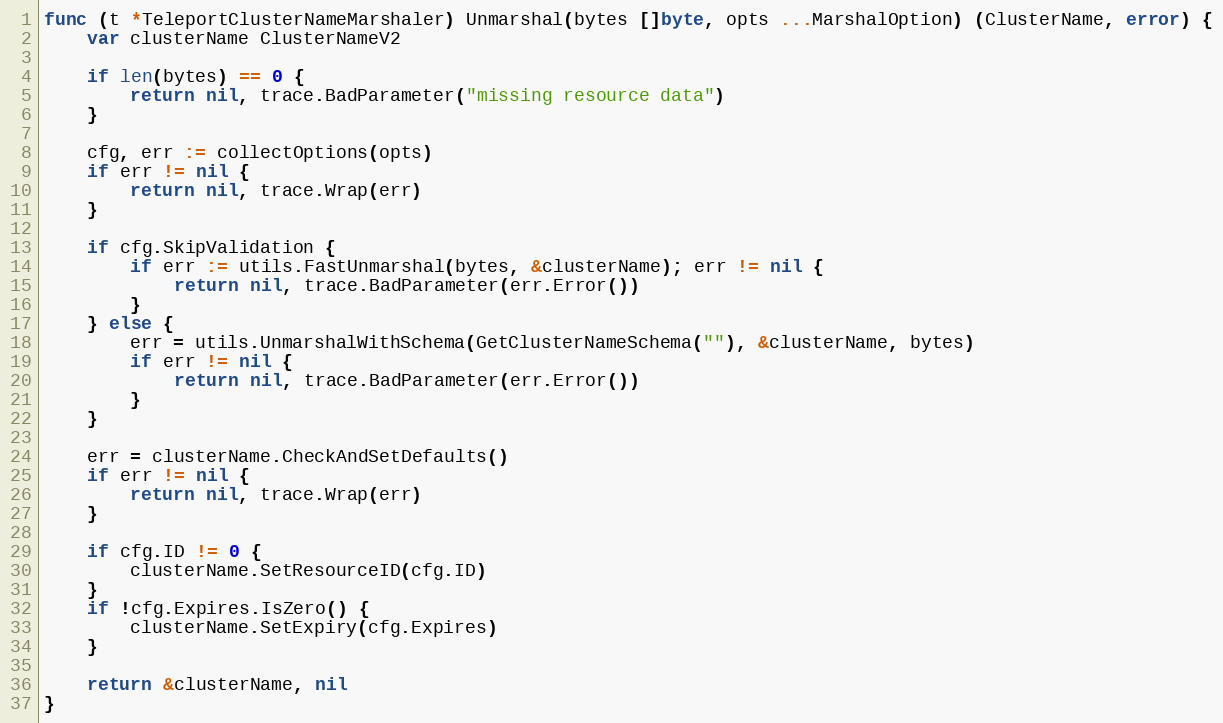
Language: Go
func (t *TeleportClusterNameMarshaler) Unmarshal(bytes []byte, opts ...MarshalOption) (ClusterName, error) {
	var clusterName ClusterNameV2

	if len(bytes) == 0 {
		return nil, trace.BadParameter("missing resource data")
	}

	cfg, err := collectOptions(opts)
	if err != nil {
		return nil, trace.Wrap(err)
	}

	if cfg.SkipValidation {
		if err := utils.FastUnmarshal(bytes, &clusterName); err != nil {
			return nil, trace.BadParameter(err.Error())
		}
	} else {
		err = utils.UnmarshalWithSchema(GetClusterNameSchema(""), &clusterName, bytes)
		if err != nil {
			return nil, trace.BadParameter(err.Error())
		}
	}

	err = clusterName.CheckAndSetDefaults()
	if err != nil {
		return nil, trace.Wrap(err)
	}

	if cfg.ID != 0 {
		clusterName.SetResourceID(cfg.ID)
	}
	if !cfg.Expires.IsZero() {
		clusterName.SetExpiry(cfg.Expires)
	}

	return &clusterName, nil
}